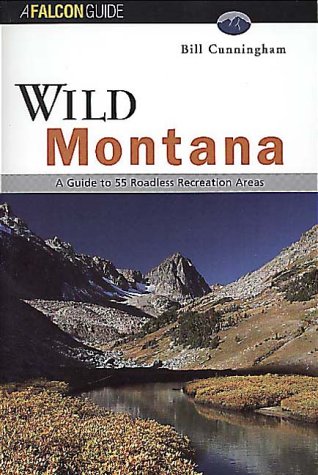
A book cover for Wild Montana (Falcon Guides Wild); Bill Cunningham; Travel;